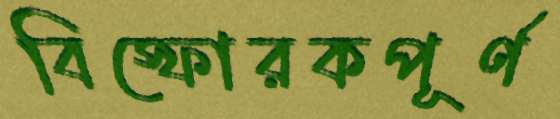
বিস্ফোরকপূর্ণ